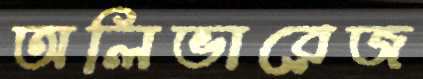
অলিভারেজ